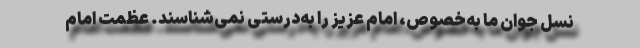
نسل جوان ما به‌خصوص،‌ امام عزیز را به‌درستی نمی‌شناسند. عظمت امام